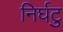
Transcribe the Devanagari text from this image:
निर्घटु